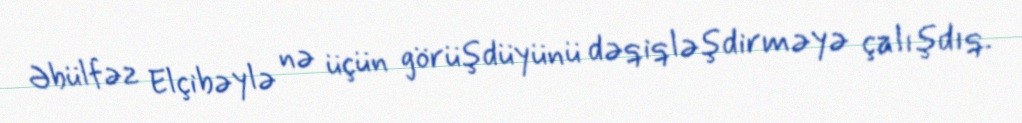
Əbülfəz Elçibəylə nə üçün görüşdüyünü dəqiqləşdirməyə çalışdıq.